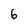
Character: 6